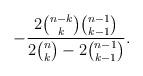
LaTeX: \begin{align*} -\frac{2\binom{n-k}{k}\binom{n-1}{k-1}}{2\binom{n}{k} - 2\binom{n-1}{k-1}}.\end{align*}